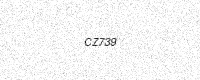
Text: CZ739